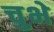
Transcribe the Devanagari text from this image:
चुभे